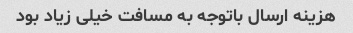
هزینه ارسال باتوجه به مسافت خیلی زیاد بود